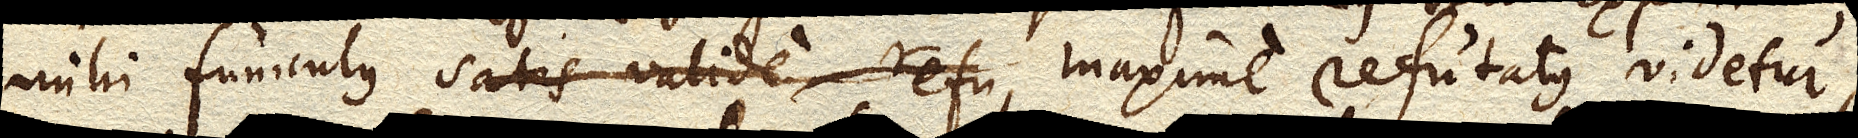
mihi funiculus satis valide refu maxime refutatus videtur;